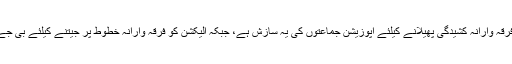
حکمراں جماعت بی جے پی کا کہنا ہے کہ گجرات میں فرقہ وارانہ کشیدگی پھیلانے کیلئے اپوزیشن جماعتوں کی یہ سازش ہے، جبکہ الیکشن کو فرقہ وارانہ خطوط پر جیتنے کیلئے بی جے پی پر بھی اسی طرح کے الزامات عائد کئے گئے ہیں ۔